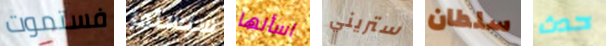
فستموت سيستمر اسألها ستريني سلطان حدث